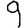
Digit: 9